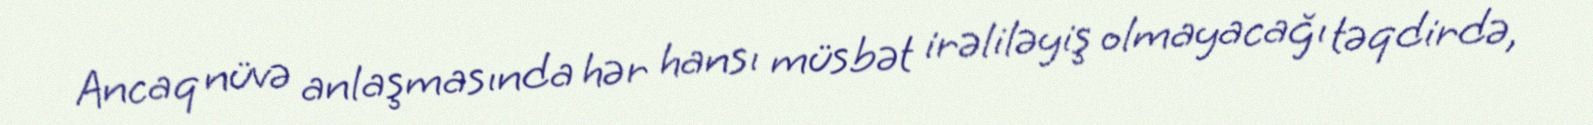
Ancaq nüvə anlaşmasında hər hansı müsbət irəliləyiş olmayacağı təqdirdə,